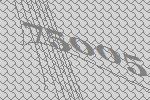
75005